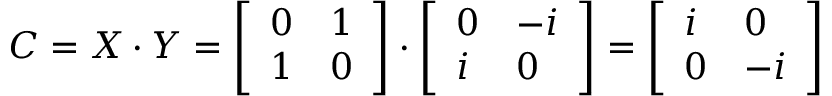
C = X \cdot Y = { \left[ \begin{array} { l l } { 0 } & { 1 } \\ { 1 } & { 0 } \end{array} \right] } \cdot { \left[ \begin{array} { l l } { 0 } & { - i } \\ { i } & { 0 } \end{array} \right] } = { \left[ \begin{array} { l l } { i } & { 0 } \\ { 0 } & { - i } \end{array} \right] }